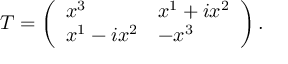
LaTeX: T = \left( \begin{array} { l l } { { x ^ { 3 } } } & { { x ^ { 1 } + i x ^ { 2 } } } \\ { { x ^ { 1 } - i x ^ { 2 } } } & { { - x ^ { 3 } } } \end{array} \right) .